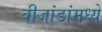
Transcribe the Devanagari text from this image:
बीजांडांमध्ये